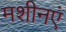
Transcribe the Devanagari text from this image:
मशीनएं